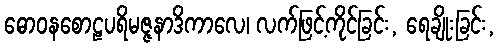
ဓောဝနစောဠပရိမဇ္ဇနာဒိကာလေ၊ လက်ဖြင့်ကိုင်ခြင်း, ရေချိုးခြင်း,